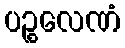
ပဉ္စလေဏံ